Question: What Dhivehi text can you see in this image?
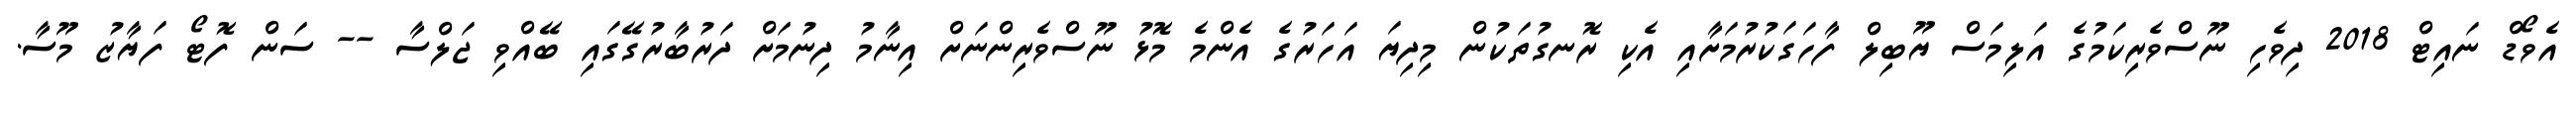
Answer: އެވޯޑް ނައިޓް 2018 ދިވެހި ނޫސްވެރިކަމުގެ އަލިމަސް ޔޫބިލް ފާހަގަކުރުމަށާއި އެކި ރޮނގުތަކުން މިދިޔަ އަހަރުގެ އެންމެ މޮޅު ނޫސްވެރިންނަށް އިނާމު ދިނުމަށް ދަރުބާރުގޭގައި ބޭއްވި ޖަލްސާ -- ސަން ފޮޓޯ ފަޔާޒު މޫސާ.